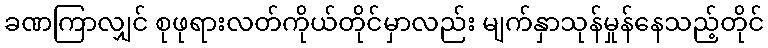
ခဏကြာလျှင် စုဖုရားလတ်ကိုယ်တိုင်မှာလည်း မျက်နှာသုန်မှုန်နေသည့်တိုင်